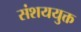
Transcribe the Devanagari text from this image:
संशययुक्त